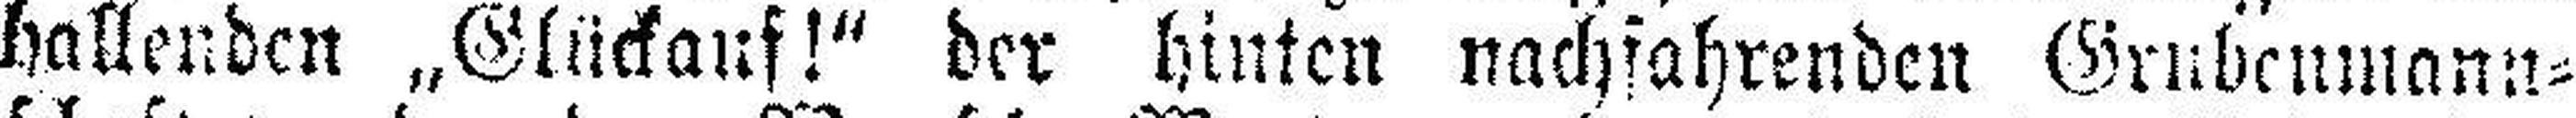
hallenden „Glückauf!“ der hinten nachfahrenden Grubenmann¬